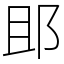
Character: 䢸